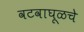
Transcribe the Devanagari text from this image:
वटवाघूळचे